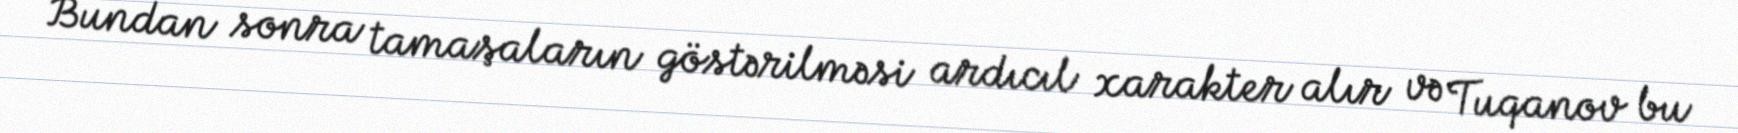
Bundan sonra tamaşaların göstərilməsi ardıcıl xarakter alır və Tuqanov bu